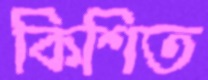
কিশিত